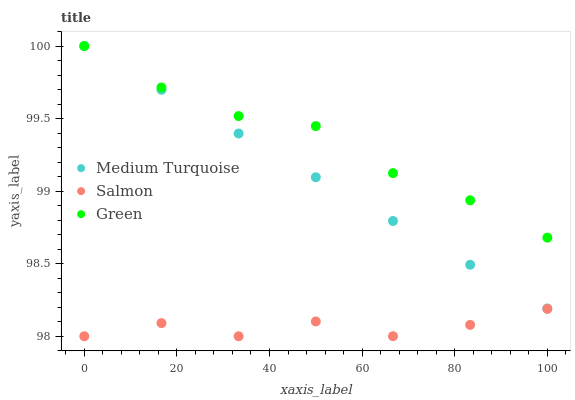
| xaxis_label | Medium Turquoise | Salmon | Green |
 | --- | --- | --- | --- |
 | 0 | 100 | 98 | 100 |
 | 16.7 | 99.7 | 98.1 | 99.7 |
 | 33.3 | 99.4 | 98 | 99.5 |
 | 50 | 99.1 | 98.1 | 99.4 |
 | 66.7 | 98.8 | 98 | 99.1 |
 | 83.3 | 98.5 | 98.1 | 98.9 |
 | 100 | 98.2 | 98.2 | 98.7 |